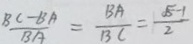
\frac { B C - B A } { B A } = \frac { B A } { B C } = \frac { \sqrt { 5 } - 1 } { 2 }